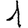
Digit: 1